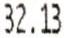
32.13